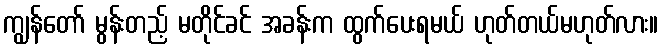
ကျွန်တော် မွန်းတည့် မတိုင်ခင် အခန်းက ထွက်ပေးရမယ် ဟုတ်တယ်မဟုတ်လား။